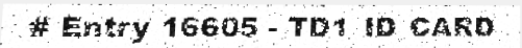
# Entry 16605 - TD1_ID_CARD